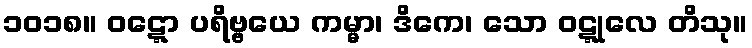
၁၀၁၈။ ဝဋ္ဋော ပရိဗ္ဗယေ ကမ္မာ၊ ဒိကေ၊ သော ဝဋ္ဋုလေ တိသု။